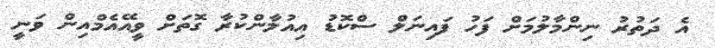
އެ ދަތުރު ނިންމާލުމަށް ފަހު ފައިނަލް ސްކޮޑު އިއުލާންކުރާ ގޮތަށް ވީއޭއެމްއިން ވަނީ